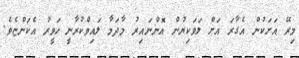
މިރޭ އަށަކުން އެގާރަ އަށް ލަވަކިޔުން އޮންނައިރު މާދަމާ ލައިވްކުރާނީ ހަވީރު އެކަންޏެވެ.